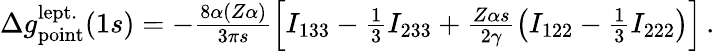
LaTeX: \begin{array}{r}{\Delta{g}_{\mathrm{point}}^{\mathrm{lept.}}(1s)=-\frac{8\alpha(Z\alpha)}{3\pi s}\left[I_{133}-\frac{1}{3}I_{233}+\frac{Z\alpha s}{2\gamma}\left(I_{122}-\frac{1}{3}I_{222}\right)\right]\, .}\end{array}